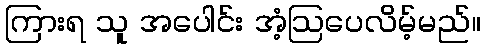
ကြားရ သူ အပေါင်း အံ့ဩပေလိမ့်မည်။